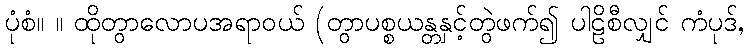
ပုံစံ။ ။ ထိုတွာလောပအရာဝယ် (တွာပစ္စယန္တနှင့်တွဲဖက်၍ ပါဠိစီလျှင် ကံပုဒ်,